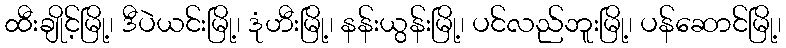
ထီးချိုင့်မြို့၊ ဒီပဲယင်းမြို့၊ ဒုံဟီးမြို့၊ နန်းယွန်းမြို့၊ ပင်လည်ဘူးမြို့၊ ပန်ဆောင်မြို့၊